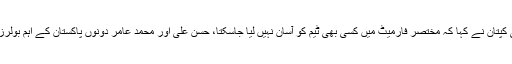
قومی کپتان نے کہا کہ مختصر فارمیٹ میں کسی بھی ٹیم کو آسان نہیں لیا جاسکتا، حسن علی اور محمد عامر دونوں پاکستان کے اہم بولرز ہیں۔